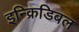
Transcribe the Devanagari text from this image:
इन्क्रिडिबल